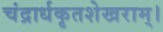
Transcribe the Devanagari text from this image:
चंद्रार्धकृतशेखराम्‌।